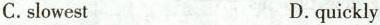
C.slowest D.quickly